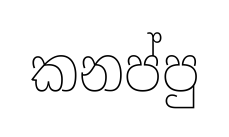
කනප්පු